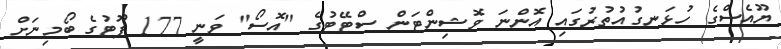
ޔޫއެސްގެ ހުޅަނގުއުތުރުގައި އޮންނަ ވޮޝިންޓަން ސްޓޭޓުގެ "އޮސޯ" ވަނީ 177 ފޫޓުގެ ބޯމިނަށް